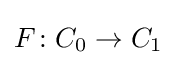
F\colon C_{0}\to C_{1}